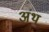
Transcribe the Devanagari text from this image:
अंथ